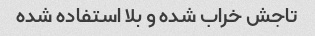
تاجش خراب شده و بلا استفاده شده